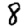
Digit: 8